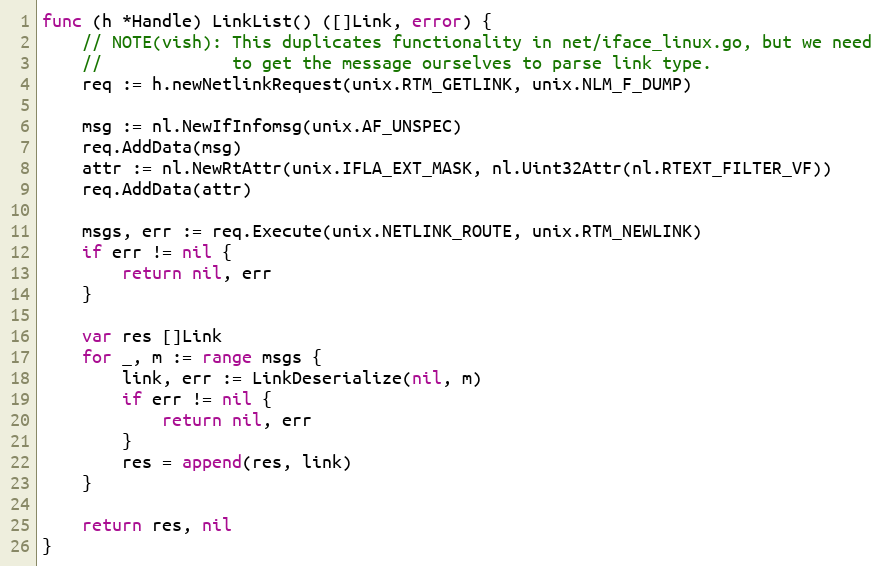
Language: Go
func (h *Handle) LinkList() ([]Link, error) {
	// NOTE(vish): This duplicates functionality in net/iface_linux.go, but we need
	//             to get the message ourselves to parse link type.
	req := h.newNetlinkRequest(unix.RTM_GETLINK, unix.NLM_F_DUMP)

	msg := nl.NewIfInfomsg(unix.AF_UNSPEC)
	req.AddData(msg)
	attr := nl.NewRtAttr(unix.IFLA_EXT_MASK, nl.Uint32Attr(nl.RTEXT_FILTER_VF))
	req.AddData(attr)

	msgs, err := req.Execute(unix.NETLINK_ROUTE, unix.RTM_NEWLINK)
	if err != nil {
		return nil, err
	}

	var res []Link
	for _, m := range msgs {
		link, err := LinkDeserialize(nil, m)
		if err != nil {
			return nil, err
		}
		res = append(res, link)
	}

	return res, nil
}